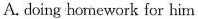
A. doing hormework for him